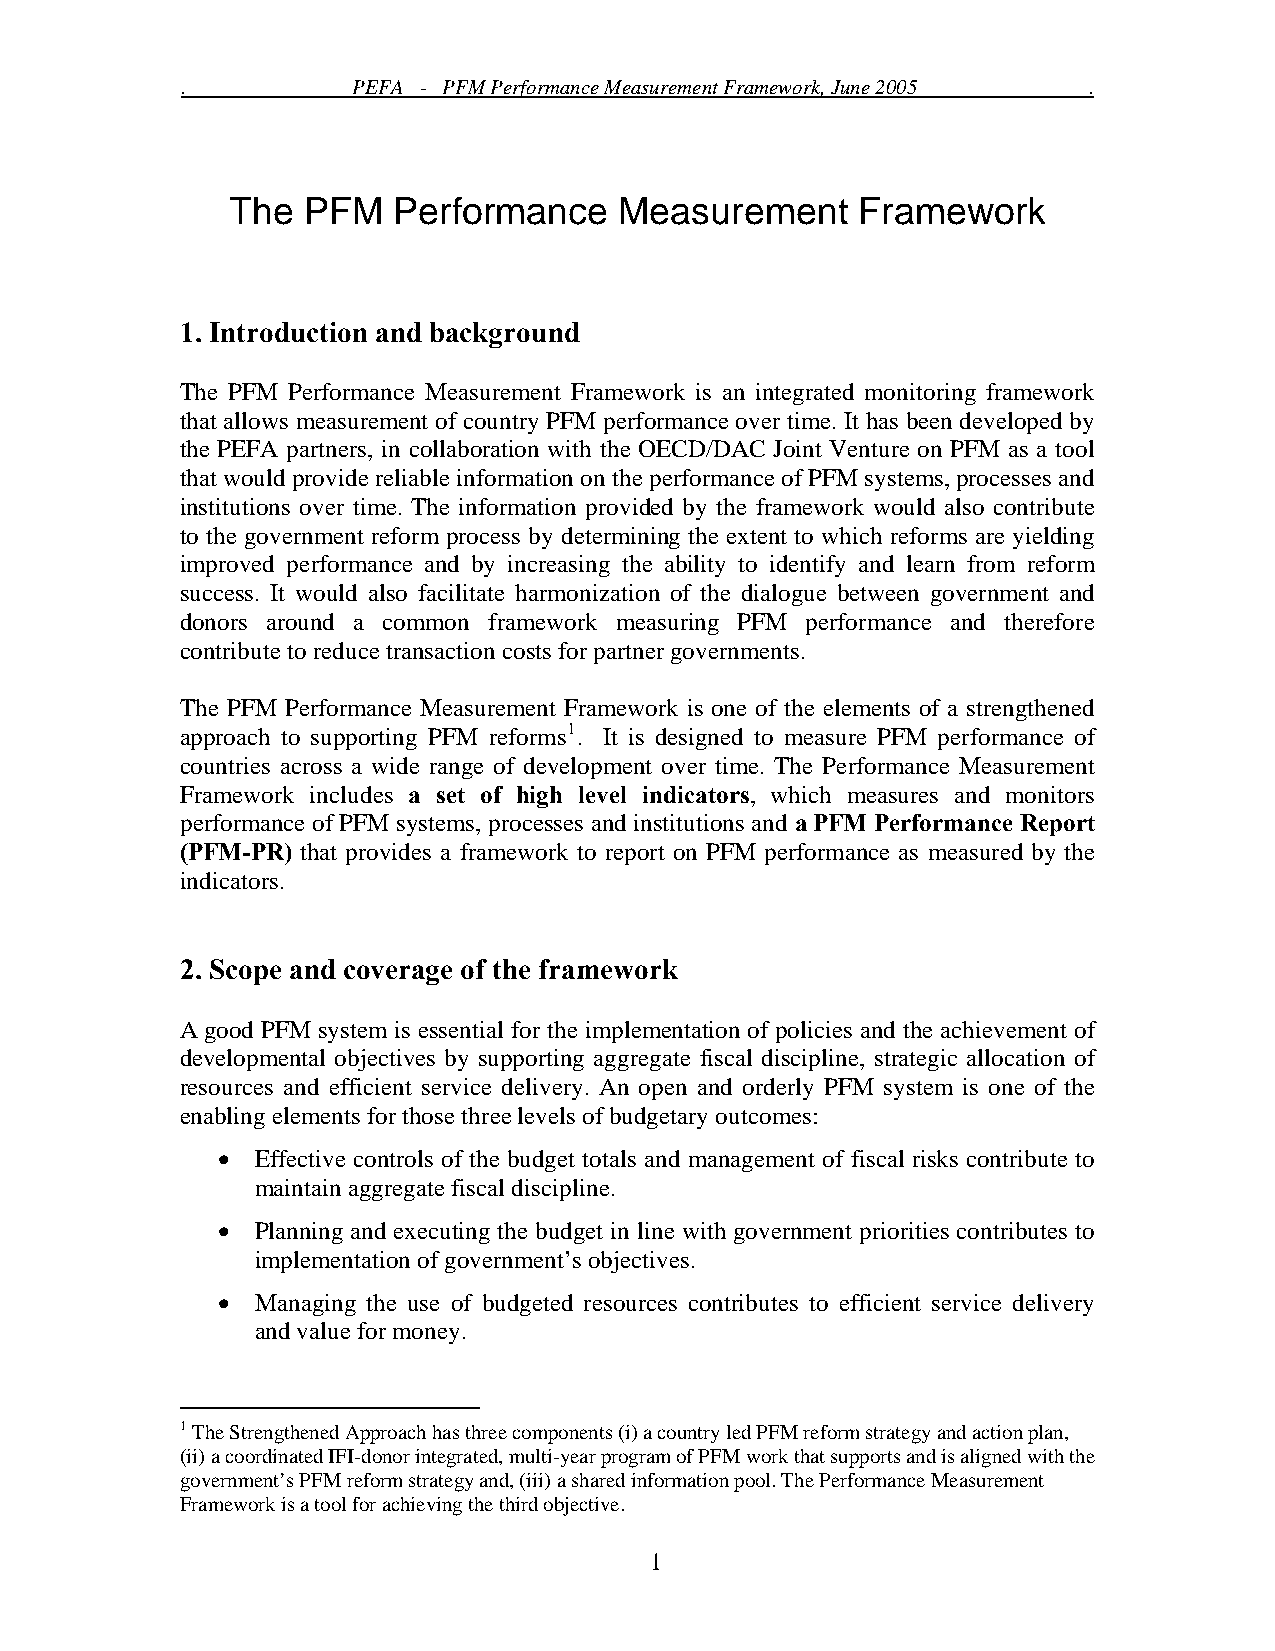
.          PEFA - PFM Performance Measurement Framework, June 2005 .
 The  PFM   Performance    Measurement     Framework
 1. Introduction and background
 The PFM Performance Measurement Framework is an integrated monitoring framework
 that allows measurement of country PFM performance over time. It has been developed by
 the PEFA partners, in collaboration with the OECD/DAC Joint Venture on PFM as a tool
 that would provide reliable information on the performance of PFM systems, processes and
 institutions over time. The information provided by the framework would also contribute
 to the government reform process by determining the extent to which reforms are yielding
 improved performance and by increasing the ability to identify and learn from reform
 success. It would also facilitate harmonization of the dialogue between government and
 donors around a common framework measuring PFM performance and therefore
 contribute to reduce transaction costs for partner governments.
 The PFM Performance Measurement Framework is one of the elements of a strengthened
 approach to supporting PFM reforms1. It is designed to measure PFM performance of
 countries across a wide range of development over time. The Performance Measurement
 Framework includes a set of high level indicators, which measures and monitors
 performance of PFM systems, processes and institutions and a PFM Performance Report
 (PFM-PR) that provides a framework to report on PFM performance as measured by the
 indicators.
 2. Scope and coverage of the framework
 A good PFM system is essential for the implementation of policies and the achievement of
 developmental objectives by supporting aggregate fiscal discipline, strategic allocation of
 resources and efficient service delivery. An open and orderly PFM system is one of the
 enabling elements for those three levels of budgetary outcomes:
 •  Effective controls of the budget totals and management of fiscal risks contribute to
 maintain aggregate fiscal discipline.
 •  Planning and executing the budget in line with government priorities contributes to
 implementation of government’s objectives.
 •  Managing the use of budgeted resources contributes to efficient service delivery
 and value for money.
 1 The Strengthened Approach has three components (i) a country led PFM reform strategy and action plan,
 (ii) a coordinated IFI-donor integrated, multi-year program of PFM work that supports and is aligned with the
 government’s PFM reform strategy and, (iii) a shared information pool. The Performance Measurement
 Framework is a tool for achieving the third objective.
 1